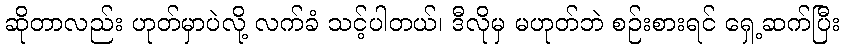
ဆိုတာလည်း ဟုတ်မှာပဲလို့ လက်ခံ သင့်ပါတယ်၊ ဒီလိုမှ မဟုတ်ဘဲ စဉ်းစားရင် ရှေ့ဆက်ပြီး